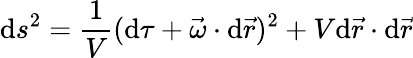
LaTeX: \mathrm{d}s^{2}=\frac{{1}}{{V}}(\mathrm{d}\tau+\vec{{\omega}}\cdot\mathrm{d}\vec{{r}})^{2}+V\mathrm{d}\vec{{r}}\cdot\mathrm{d}\vec{{r}}